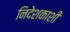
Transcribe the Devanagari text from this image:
निदेशकाशी